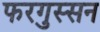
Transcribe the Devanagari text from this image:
फरगुस्सन